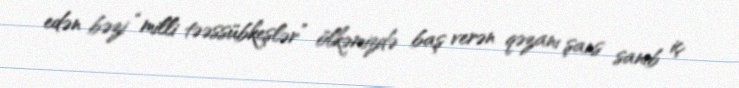
edən bəzi “milli təəssübkeşlər” ölkəmizdə baş verən qəzanı şans sanıb iç